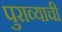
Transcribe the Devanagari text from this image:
पुराव्याची